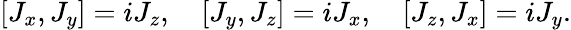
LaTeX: [J_{x},J_{y}]=iJ_{z},\quad[J_{y},J_{z}]=iJ_{x},\quad[J_{z},J_{x}]=iJ_{y}.